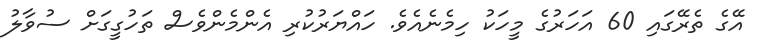
އޭގެ ތެރޭގައި 60 އަހަރުގެ މީހަކު ހިމެނެއެވެ. ހައްޔަރުކުރި އެންމެންވެސް ތަހުގީގަށް ސުވާލު